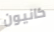
كانيون